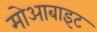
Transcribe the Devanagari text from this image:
मोआबाइट